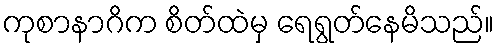
ကုစာနာဂိက စိတ်ထဲမှ ရေရွတ်နေမိသည်။